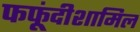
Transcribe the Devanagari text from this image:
फफूंदीशामिल